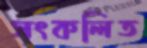
সংকলিত